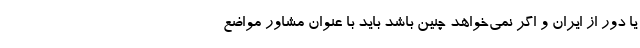
یا دور از ایران و اگر نمی‌خواهد چنین باشد باید با عنوان مشاور مواضع